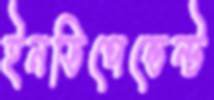
ইনডিপেন্ডেন্ট